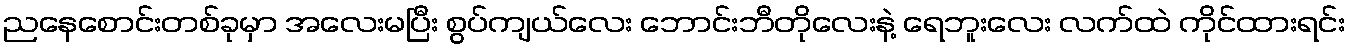
ညနေစောင်းတစ်ခုမှာ အလေးမပြီး စွပ်ကျယ်လေး ဘောင်းဘီတိုလေးနဲ့ ရေဘူးလေး လက်ထဲ ကိုင်ထားရင်း